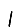
Digit: 1